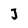
Character: J